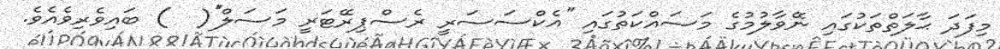
މިފަދަ ޙާލަތްތަކުގައި ނޭވާލުމުގެ މަސައްކަތުގައި ''އެކްސަސަރީ ރެސްޕިރޭޓަރީ މަސަލް''(  ) ބައިވެރިވެއެވެ.